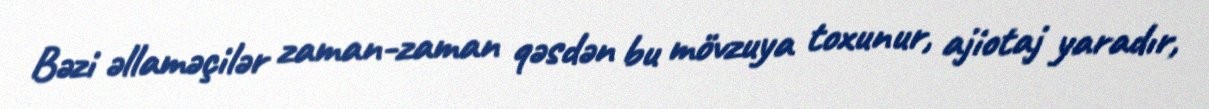
Bəzi əllaməçilər zaman-zaman qəsdən bu mövzuya toxunur, ajiotaj yaradır,